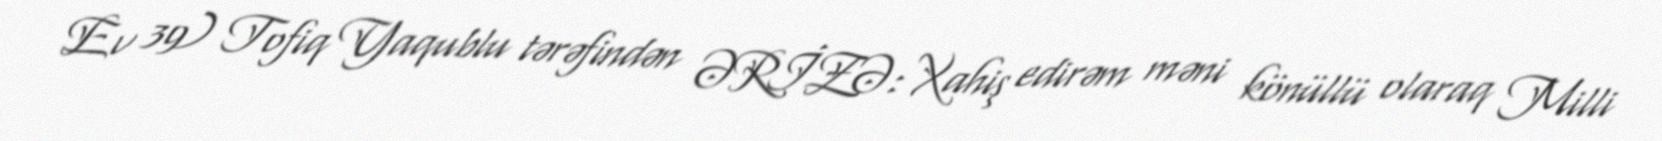
Ev 39) Tofiq Yaqublu tərəfindən ƏRİZƏ: Xahiş edirəm məni könüllü olaraq Milli